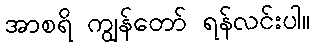
အာစရိ ကျွန်တော် ရန်လင်းပါ။